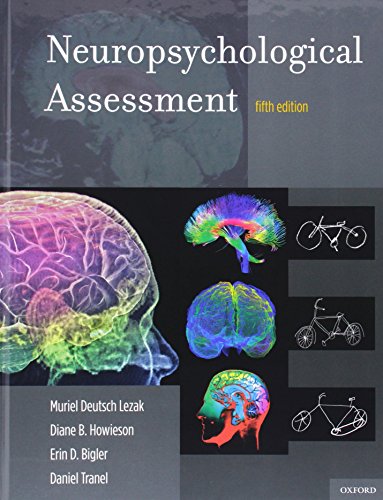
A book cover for Neuropsychological Assessment; Muriel Deutsch Lezak; Medical Books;